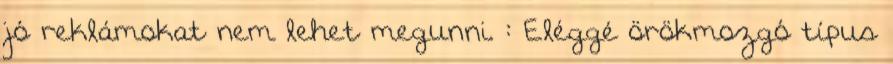
jó reklámokat nem lehet megunni. : Eléggé örökmozgó típus